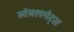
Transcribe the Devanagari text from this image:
स्टेबलमेट्स